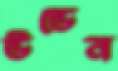
উডেন